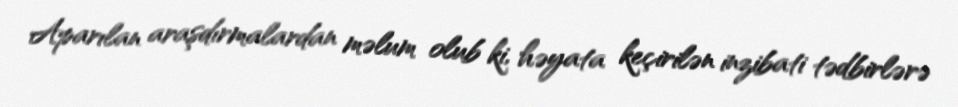
Aparılan araşdırmalardan məlum olub ki, həyata keçirilən inzibati tədbirlərə